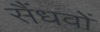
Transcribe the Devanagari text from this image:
सैंधवों